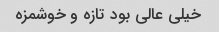
خیلی عالی بود تازه و خوشمزه